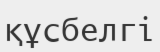
құсбелгі